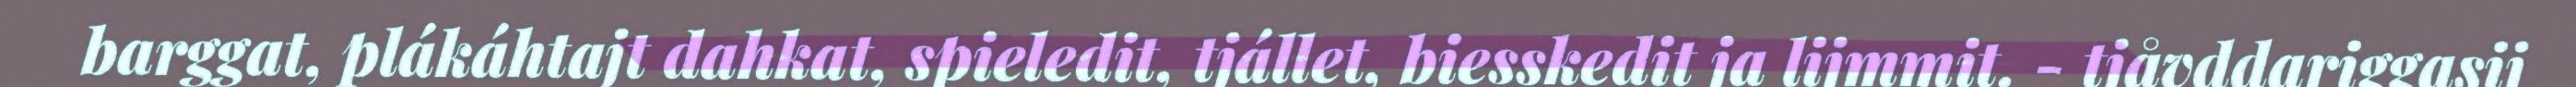
barggat, plákáhtajt dahkat, spieledit, tjállet, biesskedit ja lijmmit. - tjåvddariggasij